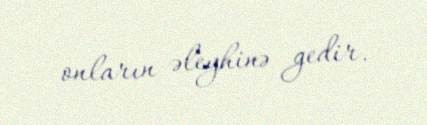
onların əleyhinə gedir.